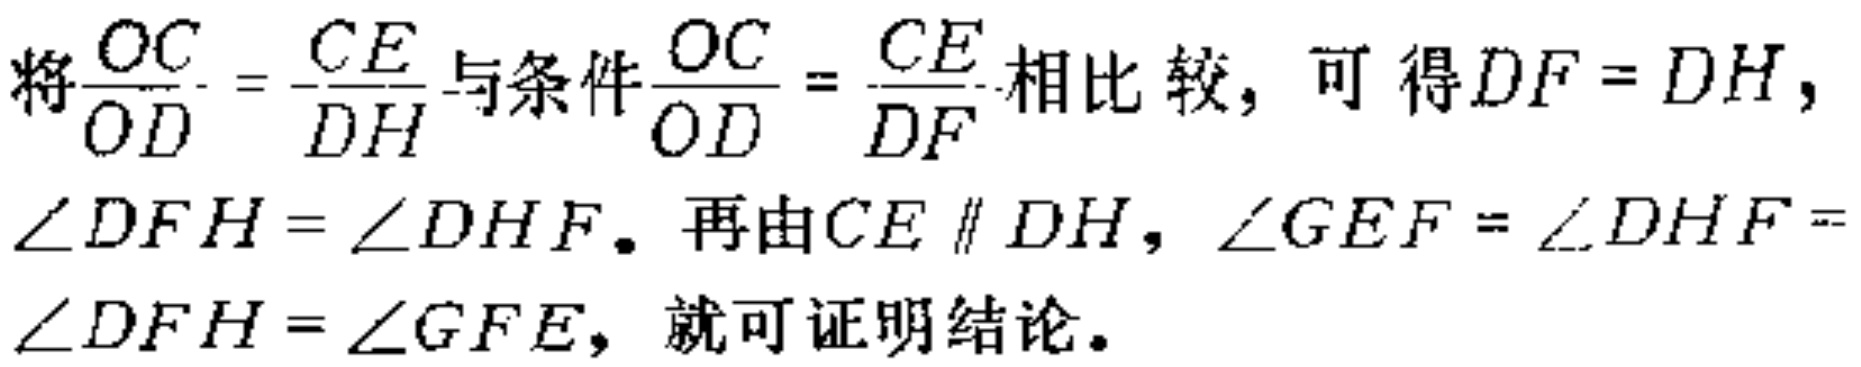
将\(\frac{OC}{OD}=\frac{CE}{DH}\)与条件\(\frac{OC}{OD}=\frac{CE}{DF}\)相比较，可得\(DF = DH\)，\(\angle DFH=\angle DHF\)。再由\(CE \parallel DH\)，\(\angle GEF=\angle DHF=\angle DFH=\angle GFE\)，就可证明结论。